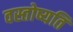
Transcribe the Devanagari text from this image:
वस्तोष्यति